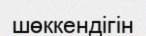
шөккендігін